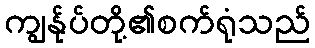
ကျွန်ုပ်တို့၏စက်ရုံသည်